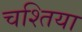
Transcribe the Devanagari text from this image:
चश्तिया